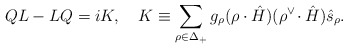
\begin{align*}QL-LQ=iK, \quad K\equiv\sum_{\rho\in\Delta_{+}}g_{\rho}(\rho\cdot\hat{H}) ({\rho}^{\vee}\!\cdot\hat{H})\hat{s}_{\rho}. \end{align*}